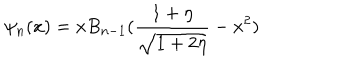
\psi _ { n } ( x ) = x B _ { n - 1 } ( { \frac { 1 + \eta } { \sqrt { 1 + 2 \eta } } } - x ^ { 2 } )